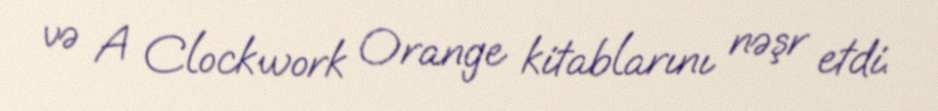
və A Clockwork Orange kitablarını nəşr etdi.